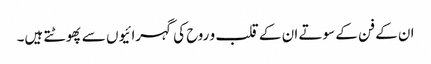
ان کے فن کے سوتے ان کے قلب و روح کی گہرائیوں سے پھوٹتے ہیں۔